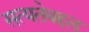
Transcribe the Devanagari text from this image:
सत्यतेबद्दल